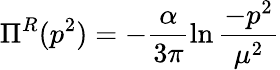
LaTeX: \Pi^{R}(p^{2})=-\frac{\alpha}{3\pi}\ln\frac{-p^{2}}{\mu^{2}}